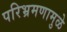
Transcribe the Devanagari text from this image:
परिभ्रमणामुळे